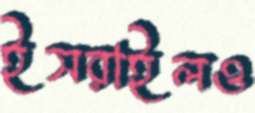
ইসরাইলও